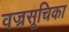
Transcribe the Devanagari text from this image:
वज्रसूचिका